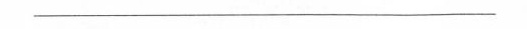
___